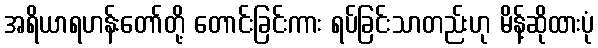
အရိယာရဟန်းတော်တို့ တောင်းခြင်းကား ရပ်ခြင်းသာတည်းဟု မိန့်ဆိုထားပုံ